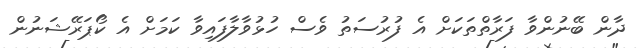
ދާން ބޭނުންވާ ފަރާތްތަކަށް އެ ފުރުސަތު ވެސް ހުޅުވާލާފައިވާ ކަމަށް އެ ކޯޕަރޭޝަނުން